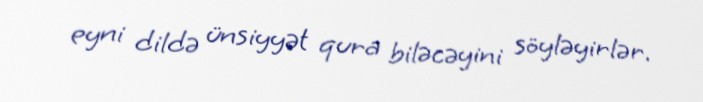
eyni dildə ünsiyyət qura biləcəyini söyləyirlər.